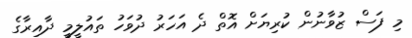
މި ފަސް ޒުވާނުން ކުރިޔަށް އޮތް ދެ އަހަރު ދުވަހު ތައުލީމީ ދާއިރާގެ